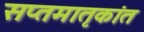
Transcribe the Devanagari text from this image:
सप्तमातृकांत